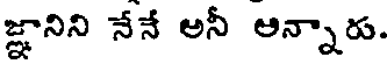
జ్ఞానిని నేనే అనీ అన్నారు.